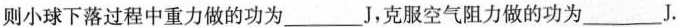
则小球下落过程中重力做的功为___J，克服空气阻力做的功为___J.